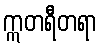
ဣတရီတရာ